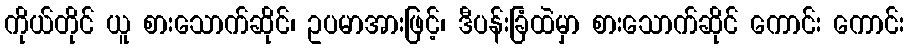
ကိုယ်တိုင် ယူ စားသောက်ဆိုင်၊ ဥပမာအားဖြင့်၊ ဒီပန်းခြံထဲမှာ စားသောက်ဆိုင် ကောင်း ကောင်း